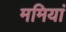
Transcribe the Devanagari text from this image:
ममियां